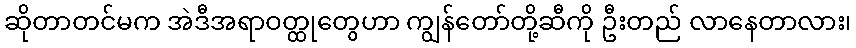
ဆိုတာတင်မက အဲဒီအရာဝတ္ထုတွေဟာ ကျွန်တော်တို့ဆီကို ဦးတည် လာနေတာလား၊